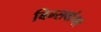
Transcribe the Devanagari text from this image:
बिन्सवांगर